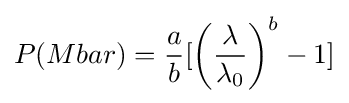
P(Mbar)={\frac {a}{b}}[\left({\frac {\lambda }{\lambda _{0}}}\right)^{b}-1]